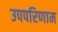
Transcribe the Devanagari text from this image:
उपपरिणाम